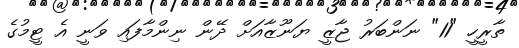
ތާރީހީ "11" ނަންބަރު ޖާޒީ ޔަނޫޒާއަށް ދޭން ނިންމާފައި ވަނީ އެ ޓީމުގެ